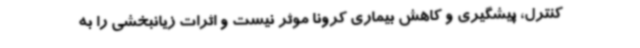
کنترل، پیشگیری و کاهش بیماری کرونا موثر نیست و اثرات زیانبخشی را به